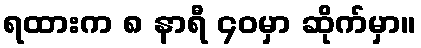
ရထားက ၈ နာရီ ၄၀မှာ ဆိုက်မှာ။